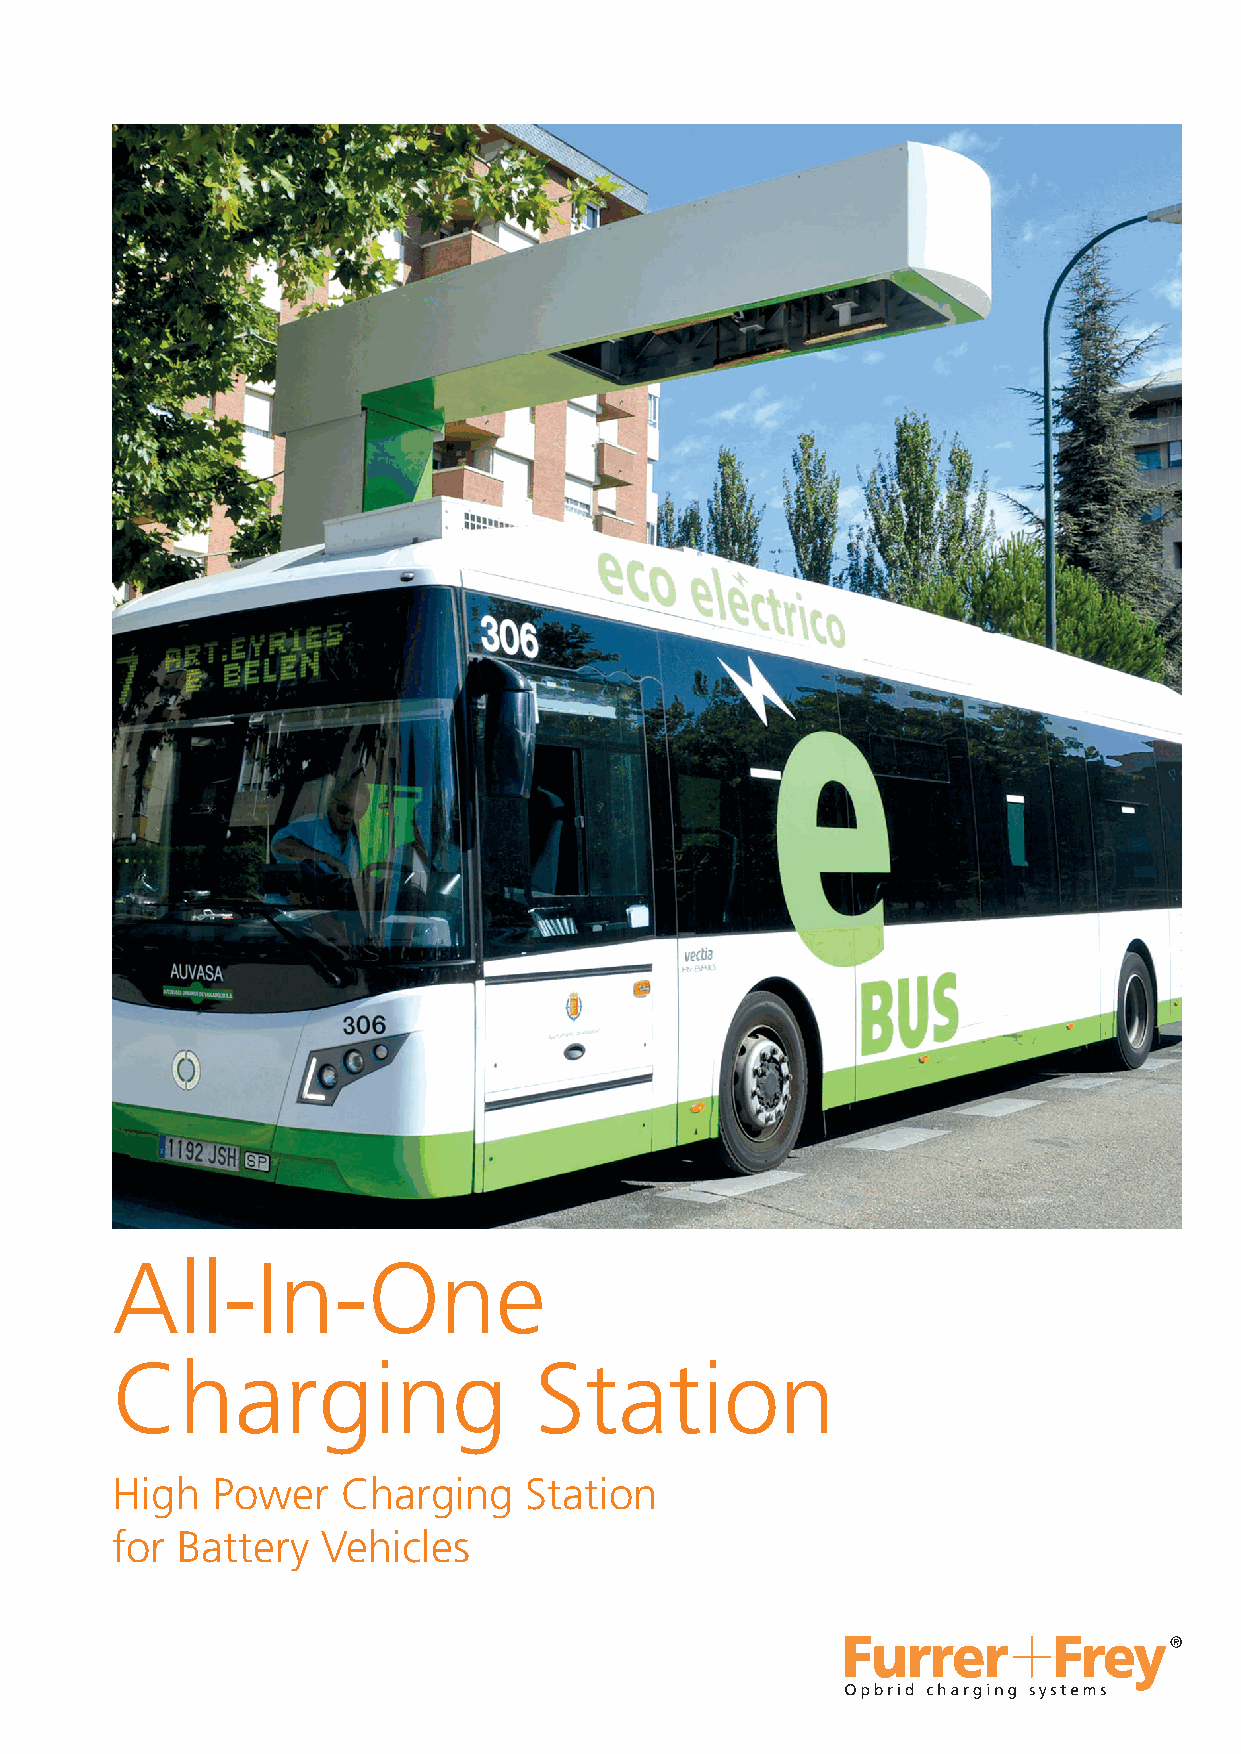
All-In-One
 Charging                    Station
 High   Power    Charging    Station
 for  Battery  Vehicles